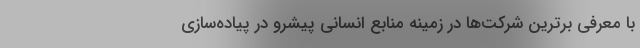
با معرفی برترین شرکت‌ها در زمینه منابع انسانی پیشرو در پیاده‌سازی